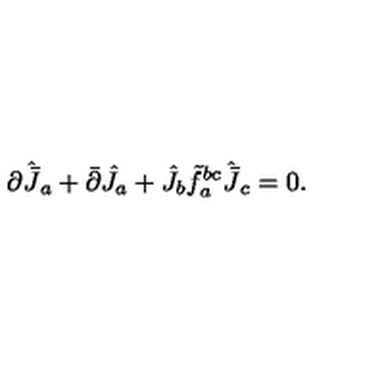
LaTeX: \partial \hat { \bar { J } } _ { a } + \bar { \partial } \hat { J } _ { a } + \hat { J } _ { b } \tilde { f } _ { a } ^ { b c } \hat { \bar { J } } _ { c } = 0 .